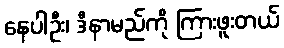
နေပါဦး၊ ဒီနာမည်ကို ကြားဖူးတယ်